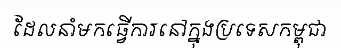
ដែលនាំមកធ្វើការនៅក្នុងប្រទេសកម្ពុជា